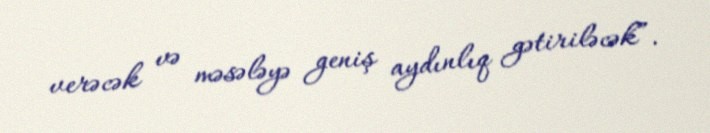
verəcək və məsələyə geniş aydınlıq gətiriləcək”.